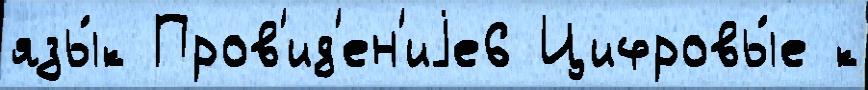
язы́к Пров'ид'ен'иjе6 Цифровы́е к